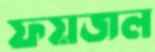
ফয়জল